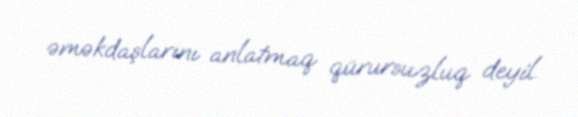
əməkdaşlarını anlatmaq qürursuzluq deyil.